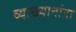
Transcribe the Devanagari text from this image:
व्याख्यानांना